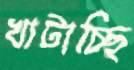
খাটাচ্ছি